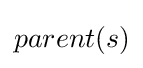
parent(s)